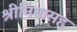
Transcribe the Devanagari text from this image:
श्रीनिवासह